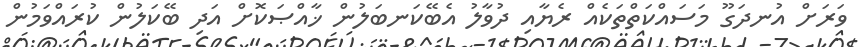
ވަރަށް އުނދަގޫ މަސައްކަތްތަކެއް ރެޔާއި ދުވާލު އެބޭކަނބަލުން ޚާއްޞަކޮށް އަދި ބޭކަލުން ކުރައްވަމުން